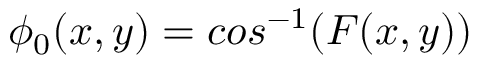
{ \phi } _ { 0 } ( x , y ) = c o s ^ { - 1 } ( F ( x , y ) )